Vaccination in Burma 1920-1933 - 1920-1933
Year: 1920
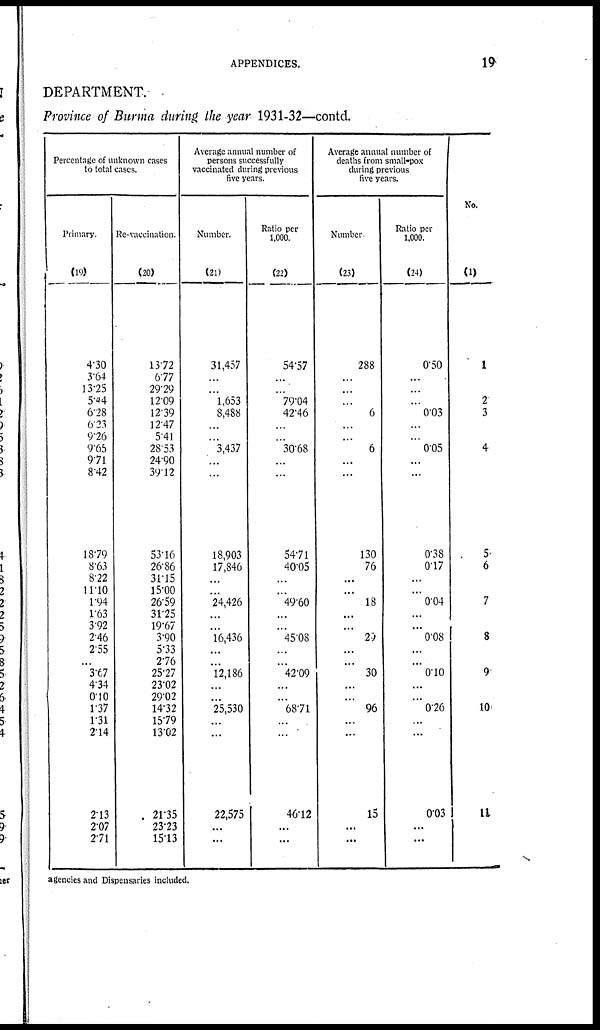
APPENDICES.
19
DEPARTMENT.
Province of Burma during the year 1931-32—contd.
Percentage of unknown cases
to total cases.
Primary.
(19)
4.30
3.64
13.25
5.44
6.28
623
9.26
9.65
9.71
8.42
18.79
8.63
872
11.10
1.94
163
3.92
246
255
...
3.67
4.34
0.10
1.37
1.31
2.14
2.13
2.07
2.71
Re-vaccination.
(20)
13.72
6.77
29.29
12.09
12.39
12.47
5.41
28.53
24.90
39.12
53.16
26.86
31.15
15.00
26.59
31.25
19.67
3.90
5.33
2.76
25.27
23.02
29.02
14.32
15.79
13.02
21.35
23.23
15.13
Average annual number of
persons successfully
vaccinated during previous
five years.
Number.
(21)
31,457
...
...
1,653
8,488
...
...
3,437
...
...
18,903
17,846
...
...
24,426
...
...
16,436
...
...
12,186
...
...
25,530
...
...
22,575
...
...
Ratio per
1,000.
(22)
54.57
...
...
79.04
42.46
...
...
30.68
...
...
54.71
40.05
...
...
49.60
...
...
45.08
...
...
42.09
...
...
6871
...
...
46.12
...
...
Average annual number of
deaths from small-pox
during previous
five years.
Number
(23)
288
...
...
...
6
...
...
6
...
...
130
76
...
...
18
...
...
25
...
....
30
...
...
96
...
...
15
...
...
Ratio per
1,000.
(24)
0.50
...
...
...
0.03
...
...
0.05
...
...
0.38
0.17
...
...
0.04
...
...
0.08
...
...
0.10
...
...
0.26
...
...
0.03
...
...
No.
(1)
1
2
3
4
5
6
7
8
9
10
11
agencies and Dispensaries included.